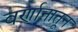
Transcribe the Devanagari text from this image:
वर्णानातून